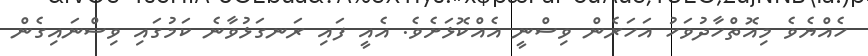
ހެއްޔެވެ މިއޮތްހާދުވަހު އަހަރެން ވިސްނީ އެއްކޮޅަށެވެ. އެއީ ފައި ރަނގަޅުވާނެ ކަމުގައި ވިސްނައިގެން